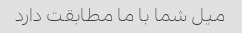
میل شما با ما مطابقت دارد